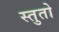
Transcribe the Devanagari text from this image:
स्तुतो